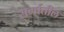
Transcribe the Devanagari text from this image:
सर्गातील